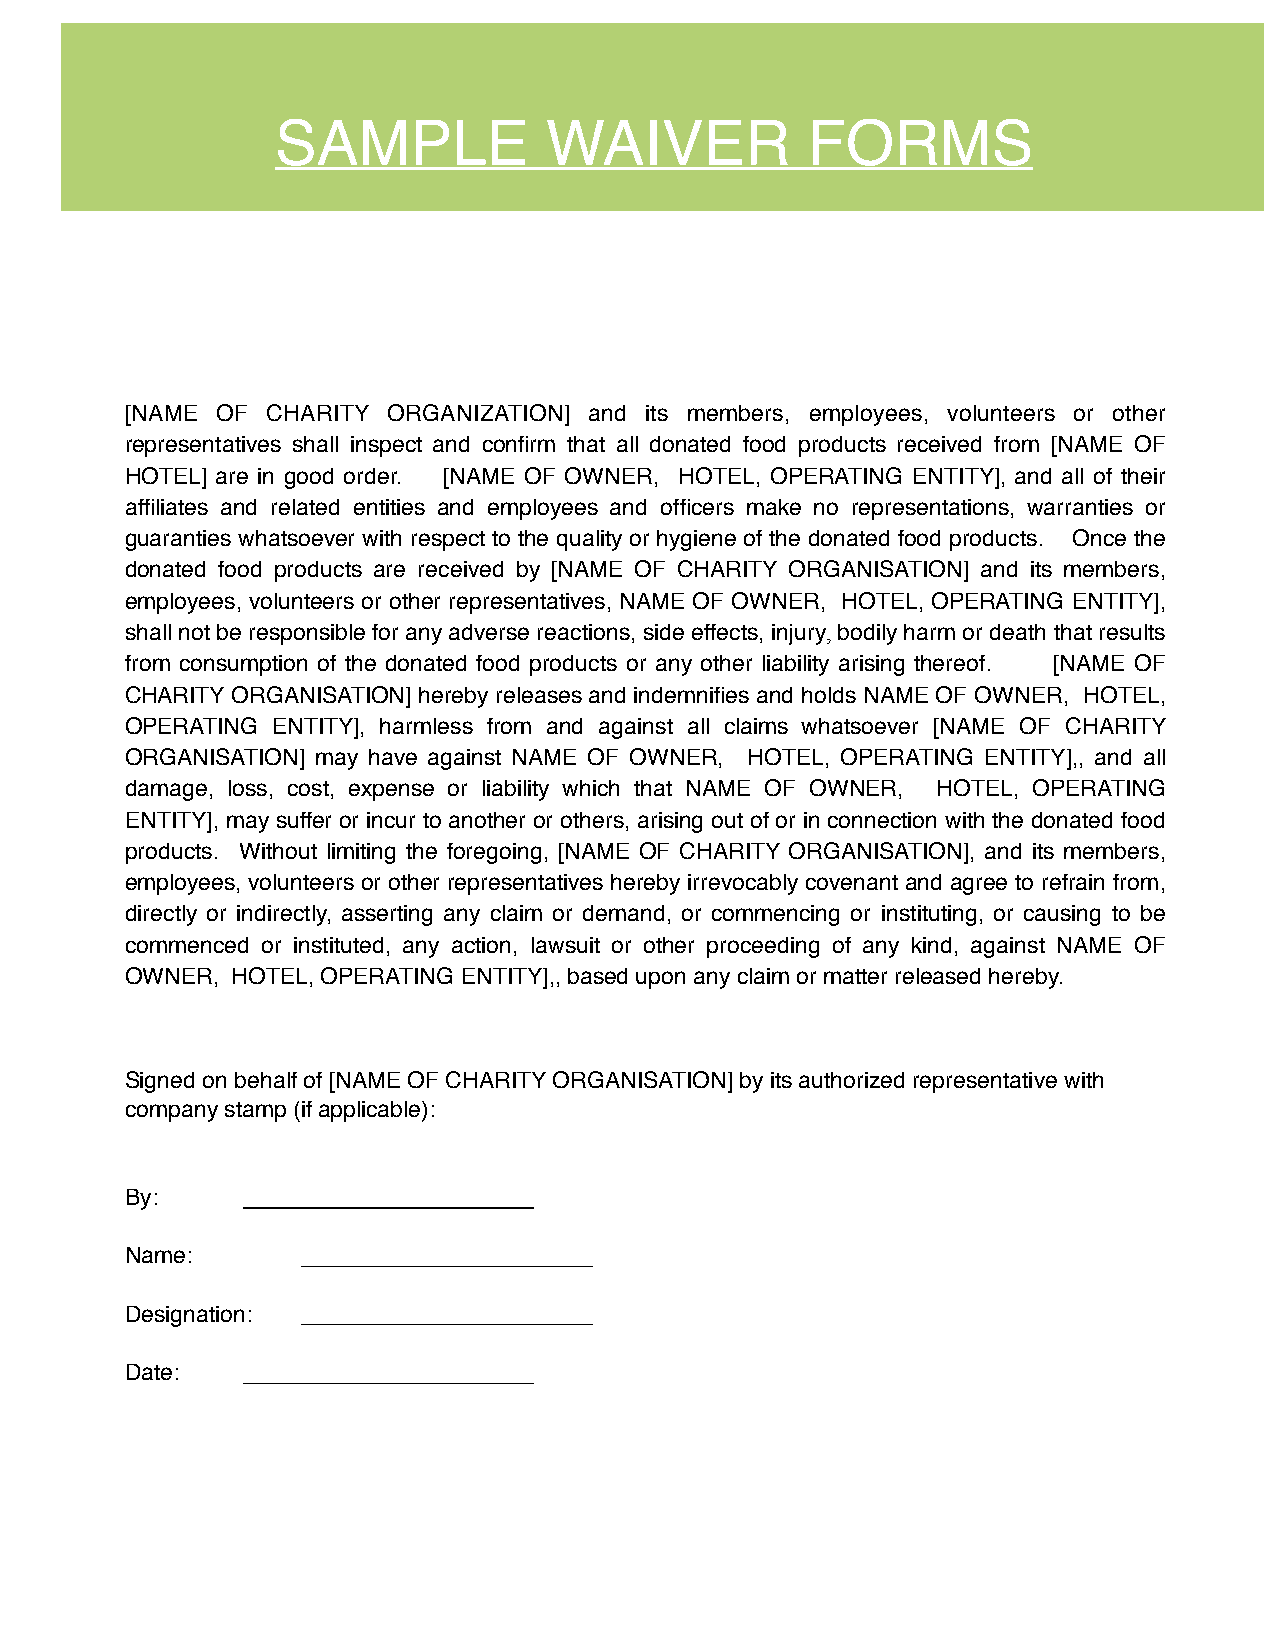
SAMPLE            WAIVER           FORMS
 [NAME OF  CHARITY ORGANIZATION] and its members, employees, volunteers or other
 representatives shall inspect and confirm that all donated food products received from [NAME OF
 HOTEL] are in good order. [NAME OF OWNER, HOTEL, OPERATING ENTITY], and all of their
 affiliates and related entities and employees and officers make no representations, warranties or
 guaranties whatsoever with respect to the quality or hygiene of the donated food products. Once the
 donated food products are received by [NAME OF CHARITY ORGANISATION] and its members,
 employees, volunteers or other representatives, NAME OF OWNER, HOTEL, OPERATING ENTITY],
 shall not be responsible for any adverse reactions, side effects, injury, bodily harm or death that results
 from consumption of the donated food products or any other liability arising thereof. [NAME OF
 CHARITY ORGANISATION] hereby releases and indemnifies and holds NAME OF OWNER, HOTEL,
 OPERATING ENTITY], harmless from and against all claims whatsoever [NAME OF CHARITY
 ORGANISATION] may have against NAME OF OWNER, HOTEL, OPERATING ENTITY],, and all
 damage, loss, cost, expense or liability which that NAME OF OWNER, HOTEL, OPERATING
 ENTITY], may suffer or incur to another or others, arising out of or in connection with the donated food
 products. Without limiting the foregoing, [NAME OF CHARITY ORGANISATION], and its members,
 employees, volunteers or other representatives hereby irrevocably covenant and agree to refrain from,
 directly or indirectly, asserting any claim or demand, or commencing or instituting, or causing to be
 commenced or instituted, any action, lawsuit or other proceeding of any kind, against NAME OF
 OWNER, HOTEL, OPERATING ENTITY],, based upon any claim or matter released hereby.
 Signed on behalf of [NAME OF CHARITY ORGANISATION] by its authorized representative with
 company stamp (if applicable):
 By:
 Name:
 Designation:
 Date: